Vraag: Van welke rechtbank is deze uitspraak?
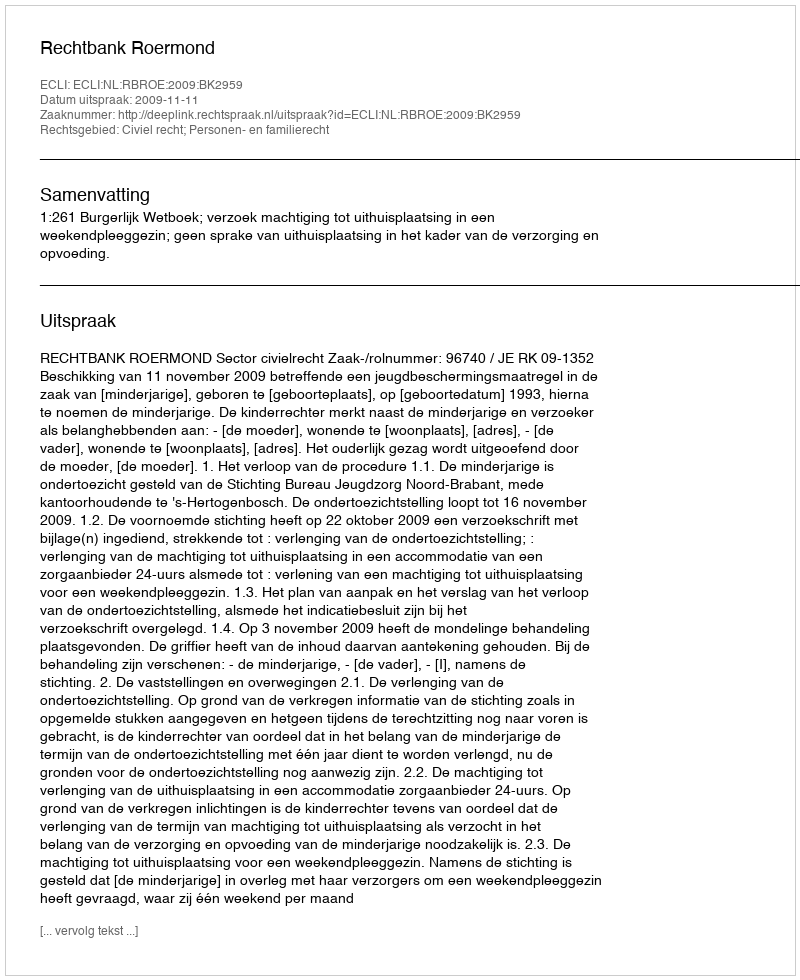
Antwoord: Rechtbank Roermond